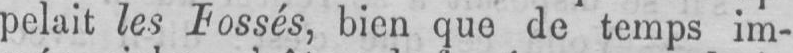
bien que de temps im-